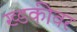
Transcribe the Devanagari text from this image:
ख्डकीवर